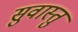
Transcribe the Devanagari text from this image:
सुवास्तु